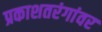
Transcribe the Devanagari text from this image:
प्रकाशतरंगांवर